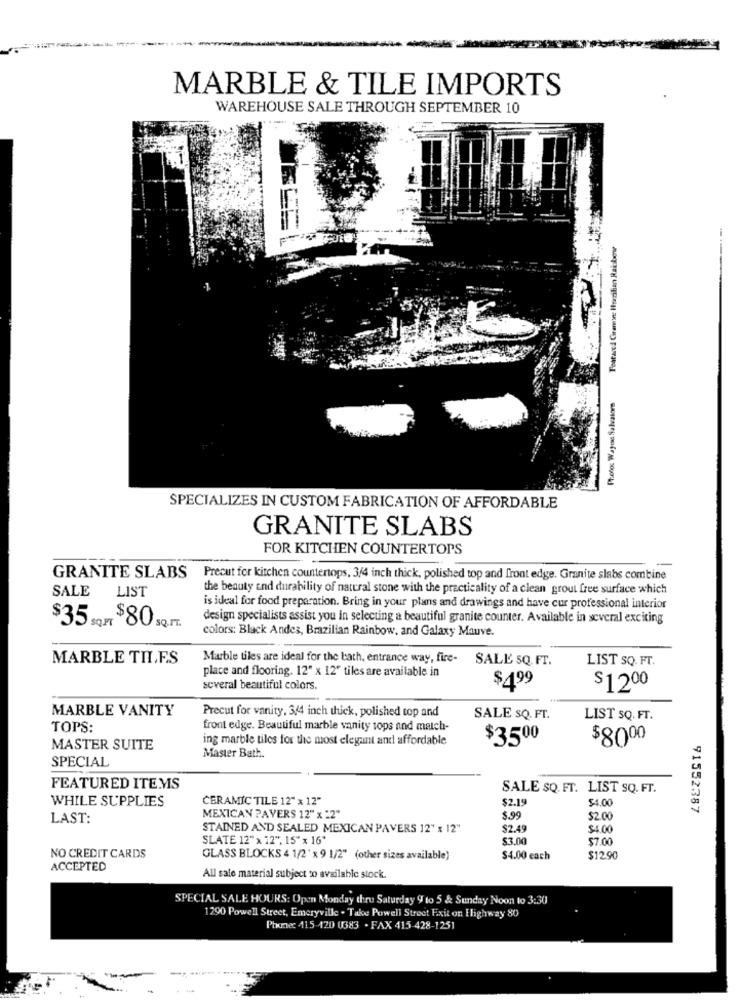
MARBLE & TILE IMPORTS
WAREHOUSE SALE THROUGH SEPTEMBER 10
Featured Giramine Horzilian Rainbowr
Proloc Wayos Salvatore
SPECIALIZES IN CUSTOM FABRICATION OF AFFORDABLE
GRANITE SLABS
FOR KITCHEN COUNTERTOPS
GRANITE SLABS
Precut for kitchen countertops, 3/4 inch thick, polished top and front edge. Granite slabs combine
SALE
LIST
the beauty and durability of natural stone with the practicality of a clean grout free surface which
is ideal for food preparation. Bring in your plans and drawings and have cur professional interior
$35.
design specialists assist you in selecting a beautiful granite counter. Available in several exciting
$80
colors: Black Andes, Brazilian Rainbow, and Galaxy Mauve.
MARBLE TIL.F.S
Marble tiles are ideal for the bath, entrance way, fire-
SALE SQ. FT.
LIST SQ. FT.
place and flooring. 12" x 12" tiles are available in
several beautiful colors.
$499
$1200
MARBLE VANITY
Precut for vanity, 3/4 inch thick, polished top and
SALE SQ. FT.
LIST SQ. FT.
TOPS:
front edge. Beautiful marble vanity tops and match-
ing marble tiles for the most elegant and affordable
$3.500
$8000
MASTER SUITE
SPECIAL
Master Bath.
FEATURED ITEMS
SALE SQ. FT. LIST SQ. FT.
WHILE SUPPLIES
CERAMIC TILE 12"x 12"
$2.19
$4.00
91552387
LAST:
MEXICAN PAYERS 12" x "2"
$.99
$2.00
STAINED AND SEALED MEXICAN PAVERS 12" x 12"
$2.49
SLATE 12" x 12", 15" x 16'
$3.00
$7.00
NO CREDIT CARDS
GLASS BLOCKS 4 1/2 " x 9 1/2" (other sizes available)
$4.00 each
$12.90
ACCEPTED
All sale material subject to available stock.
SPECIAL SALE HOURS: Open Monday thru Saturday 9 to 5 & Sunday Noon to 3:30
1290 Powell Street, Emeryville . Take Powell Street Exit on Highway 80
Phone: 415-120 0383 - FAX 415-428-1251